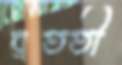
ব্রততী